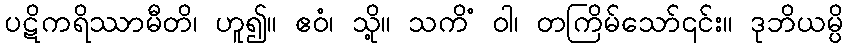
ပဋိကရိဿာမီတိ၊ ဟူ၍။ ဧဝံ၊ သို့။ သကိံ ဝါ၊ တကြိမ်သော်၎င်း။ ဒုဘိယမ္ပိ